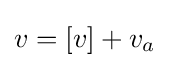
v=[v]+v_{a}